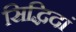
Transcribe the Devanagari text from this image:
सिद्धिदां